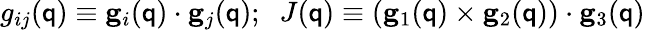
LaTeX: g_{ij}({\mathsf{q}})\equiv{\mathbf{g}}_{i}({\mathsf{q}})\cdot{\mathbf{g}}_{j}({\mathsf{q}});\; \; J({\mathsf{q}})\equiv({\mathbf{g}}_{1}({\mathsf{q}})\times{\mathbf{g}}_{2}({\mathsf{q}}))\cdot{\mathbf{g}}_{3}({\mathsf{q}})